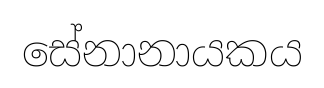
සේනානායකය